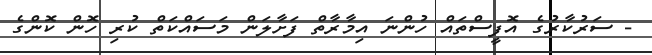
- ސަރުކާރުގެ އޮފީސްތައް ހުންނަ އިމާރާތް ފަށާލަން މަސައްކަތް ކުރި ހޮން ކޮންގެ